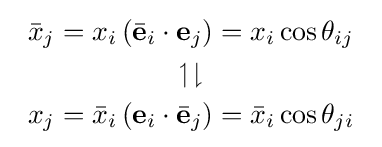
{\begin{array}{c}{\bar {x}}_{j}=x_{i}\left({\bar {\mathbf {e} }}_{i}\cdot \mathbf {e} _{j}\right)=x_{i}\cos \theta _{ij}\\[3pt]\upharpoonleft \downharpoonright \\[3pt]x_{j}={\bar {x}}_{i}\left(\mathbf {e} _{i}\cdot {\bar {\mathbf {e} }}_{j}\right)={\bar {x}}_{i}\cos \theta _{ji}\end{array}}